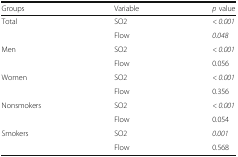
<table><thead><tr><td><b>Groups</b></td><td><b>Variable</b></td><td><b><i>p</i> value</b></td></tr></thead><tbody><tr><td rowspan="2">Total</td><td>SO2</td><td><i>&lt; 0.001</i></td></tr><tr><td>Flow</td><td><i>0.048</i></td></tr><tr><td rowspan="2">Men</td><td>SO2</td><td><i>&lt; 0.001</i></td></tr><tr><td>Flow</td><td>0.056</td></tr><tr><td rowspan="2">Women</td><td>SO2</td><td><i>&lt; 0.001</i></td></tr><tr><td>Flow</td><td>0.356</td></tr><tr><td rowspan="2">Nonsmokers</td><td>SO2</td><td><i>&lt; 0.001</i></td></tr><tr><td>Flow</td><td>0.054</td></tr><tr><td rowspan="2">Smokers</td><td>SO2</td><td><i>0.001</i></td></tr><tr><td>Flow</td><td>0.568</td></tr></tbody></table>